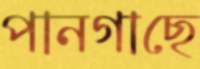
পানগাছে